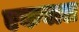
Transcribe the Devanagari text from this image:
एकबाल